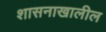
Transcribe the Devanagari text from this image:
शासनाखालील